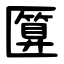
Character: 匴